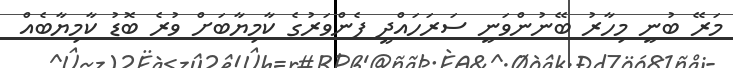
މަރޭ ބުނީ މިހާރު ބޭނުންވަނީ ސަރަހައްދީ ފެންވަރުގެ ކާމިޔާބަށް ވުރެ ބޮޑު ކާމިޔާބެއް